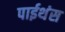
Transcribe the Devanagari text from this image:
पाईथंस